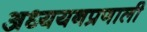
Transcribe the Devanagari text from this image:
अध्ययनप्रणाली